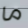
ما